Annual report of the Civil Veterinary Department, Bengal, for the year 1897-98 - 1897-1898
Year: 1897
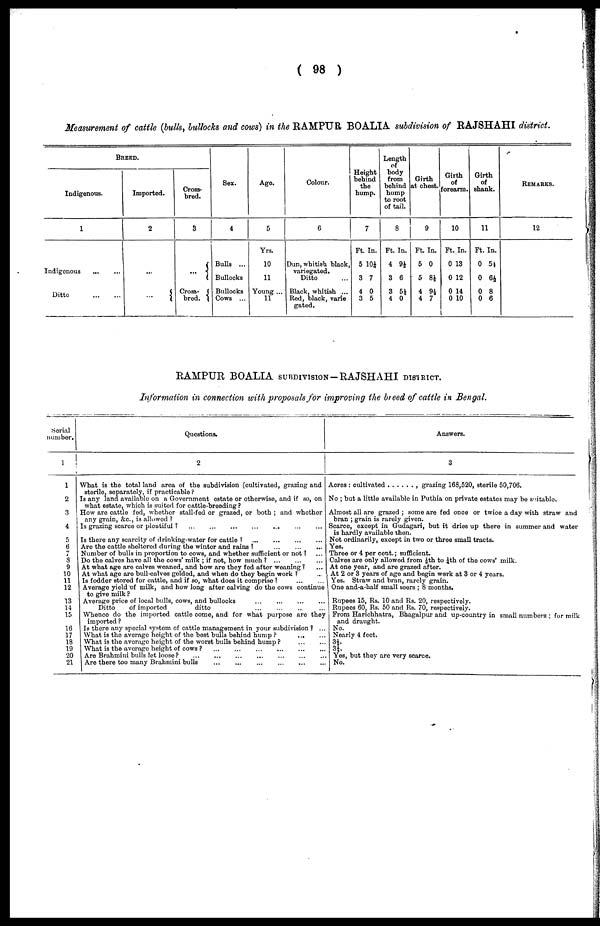
(98)
Measurement of cattle (bulls, bullocks and cows) in the RAMPUR BOALIA subdivision of RAJSHAHI district.
BREED.
Indigenous.
1
Indigenous
...
...
Ditto ... ...
Imported.
2
...
...
Cross-
bred.
3
...
Cross-
bred.
Sex.
4
Bulls ...
Bullocks
Bullocks
Cows ...
Age.
5
Yrs.
10
11
Young ...
11
Colour.
6
Dun, whitish black,
variegated.
Ditto ...
Black, whitish ...
Red, black, varie
gated.
Height
behind
the
hump.
7
Ft. In.
5 101/4
3 7
4 0
3 5
Length
of
body
from
behind
hump
to root
of tail.
8
Ft. In.
4 9½
3 6
3 5½
4 0
Girth
at chest.
9
Ft. In.
5 0
5 8½
4 9½
4 7
Girth
of
forearm.
10
Ft. In.
0 13
0 12
0 14
0 10
Girth
of
shank.
11
Ft. In.
0 5½
0 6½
0 8
0 6
Remarks.
12
RAMPUR BOALIA SUBDIVISION-RAJSHAHI DISTRICT.
Information in connection with proposals for improving the breed of cattle in Bengal.
Serial
number.
1
1
2
3
4
5
6
4
8
9
10
11
12
13
14
15
16
17
18
19
20
21
Questions.
2
What is the total land area of the subdivision (cultivated, grazing and
sterile, separately, if practicable?
Is any land available on a Government estate or otherwise, and if so, on
what estate, which is suited for cattle-breeding?
How are cattle fed, whether stall-fed or grazed, or both; and whether
any grain, &c., is allowed?
Is grazing scarce or plentiful?
...
...
...
...
...
...
...
...
Is there any scarcity of drinking-water for cattle?
...
...
...
...
Are the cattle sheltered during the winter and rains?
...
...
...
Number of bulls in proportion to cows, and whether sufficient or not? ... ...
Do the calves have all the cows' milk; if not, how much?
...
...
...
At what age are calves weaned, and how are they fed after weaning? ...
At what age are bull-calves gelded, and when do they begin work? ...
Is fodder stored for cattle, and if so, what does it comprise?
...
...
Average yield of milk, and how long after calving do the cows continue
to give milk?
Average price of local bulls, cows, and bullocks ... ... ... ...
Ditto
of imported
ditto ... ... ... ...
Whence do the imported cattle come, and for what purpose are they
imported?
Is there any special system of cattle management in your subdivision? ...
What is the average height of the best bulls behind hump?
...
...
What is the average height of the worst bulls behind hump?
...
...
What is the average height of cows?
...
...
...
...
Are Brahmini bulls let loose?
...
...
...
...
...
...
1 Are there too many Brahmini bulls
...
...
...
...
...
...
Answers.
3
Acres: cultivated . . . . . . , grazing 168,520, sterile 50,706.
No; but a little available in Puthia on private estates may be suitable.
Almost all are grazed; some are fed once or twice a day with straw and
bran; grain is rarely given.
Scarce, except in Gudagari, but it dries up there in summer and water
is hardly available then.
Not ordinarily, except in two or three small tracts.
Yes.
Three or 4 per cent.; sufficient.
Calves are only allowed from 1/8th to 1/4th of the cows' milk.
At one year, and are grazed after.
At 2 or 3 years of age and begin work at 3 or 4 years.
Yes. Straw and bran, rarely grain.
One and-a-half small seers; 8 months.
Rupees 15, Rs. 10 and Rs. 20, respectively.
Rupees 60, Rs. 50 and Rs. 70, respectively.
From Harichhatra, Bhagalpur and up-country in small numbers; for milk
and draught.
No.
Nearly 4 feet.
3½.
31/4.
Yes, but they are very scarce.
No.